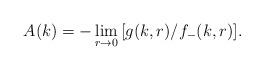
LaTeX: \begin{align*}A(k)=-\lim_{r\to0}\,[g(k,r)/f_{-}(k,r)].\end{align*}